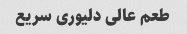
طعم عالی دلیوری سریع